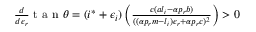
\begin{array} { r } { \frac { d } { d \epsilon _ { r } } \mathrm { ~ t ~ a ~ n ~ } \theta = ( i ^ { * } + \epsilon _ { i } ) \left( \frac { c ( a l _ { i } - \alpha p _ { r } b ) } { ( ( \alpha p _ { r } m - l _ { i } ) \epsilon _ { r } + \alpha p _ { r } c ) ^ { 2 } } \right) > 0 } \end{array}